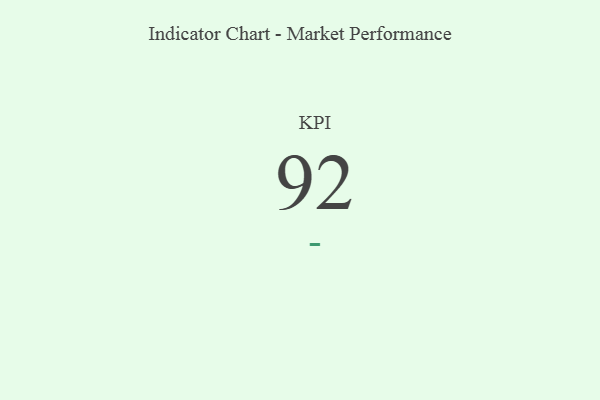
{"axis": {"x": "KPI", "y": "Value"}, "legend": [""], "data": [{"x": "KPI", "y": 92, "type": ""}]}